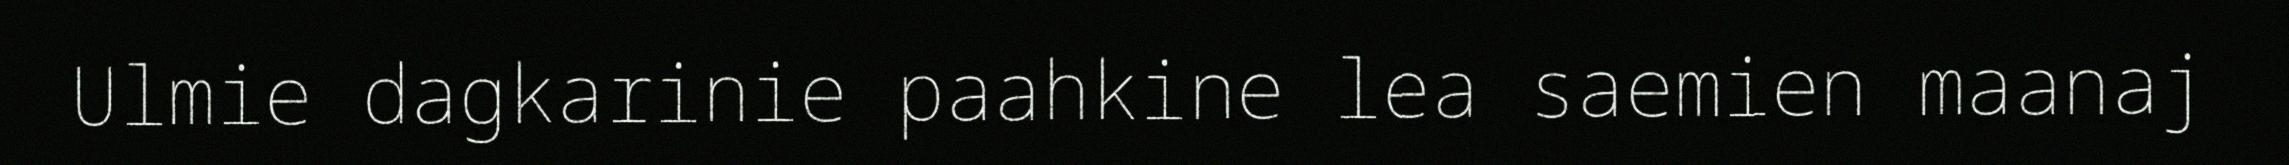
Ulmie dagkarinie paahkine lea saemien maanaj